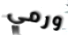
ورمي